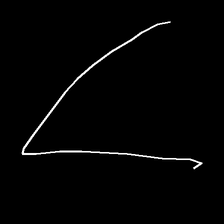
Glyph: region